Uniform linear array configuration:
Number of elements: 24
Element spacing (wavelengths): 0.5
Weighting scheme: binomial
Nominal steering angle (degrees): -30
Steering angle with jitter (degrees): -30.798
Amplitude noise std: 0.05
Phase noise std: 0.05

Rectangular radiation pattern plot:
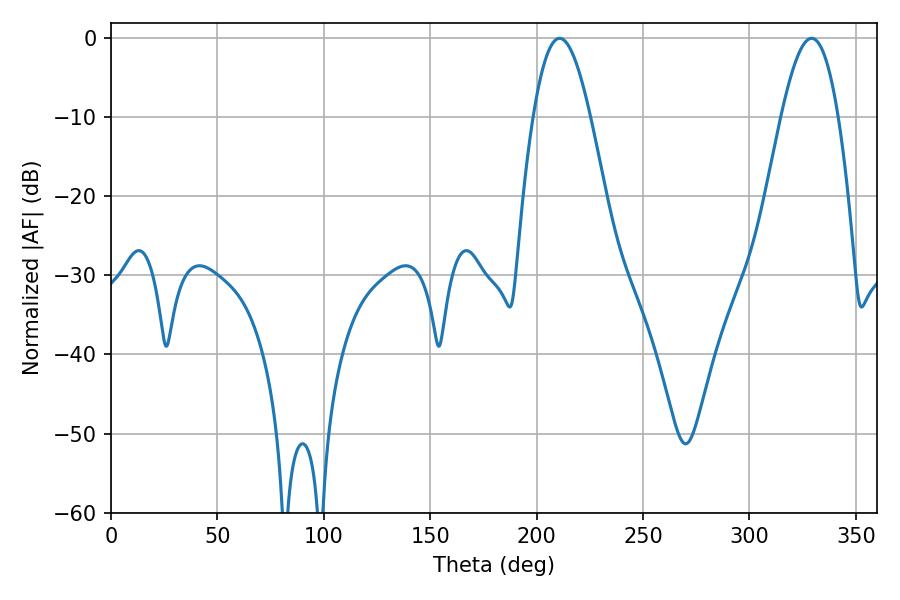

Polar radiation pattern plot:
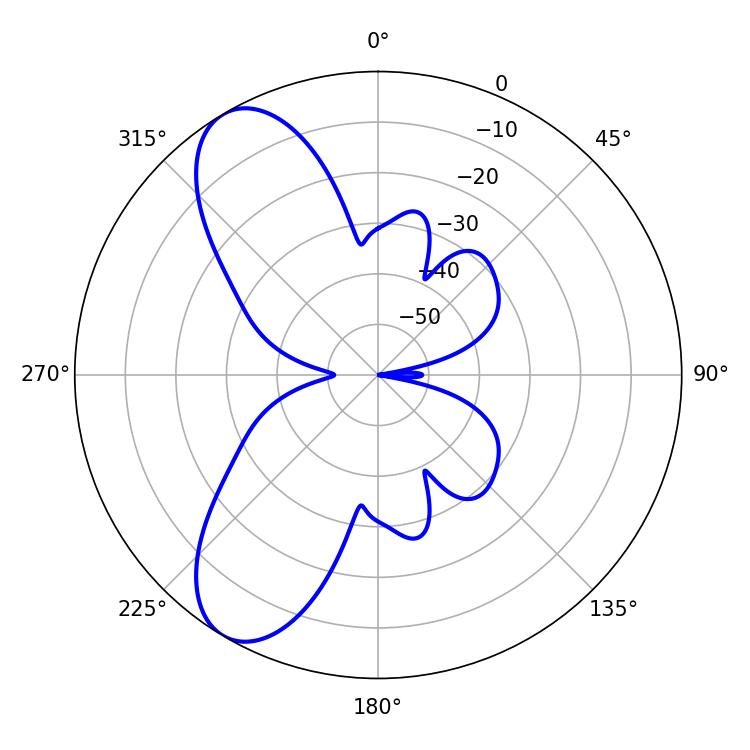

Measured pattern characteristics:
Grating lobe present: FALSE
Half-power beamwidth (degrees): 14.58
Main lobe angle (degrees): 210.78